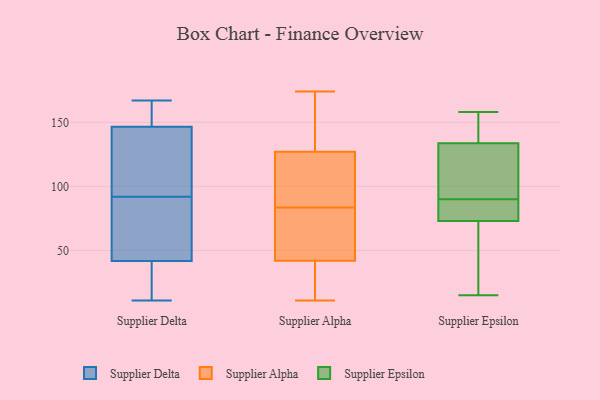
{"axis": {"x": "Demand Index", "y": "Value"}, "legend": ["Supplier Alpha", "Supplier Delta", "Supplier Epsilon"], "data": [{"x": "", "y": 71, "type": "Supplier Delta"}, {"x": "", "y": 144, "type": "Supplier Delta"}, {"x": "", "y": 51, "type": "Supplier Delta"}, {"x": "", "y": 154, "type": "Supplier Delta"}, {"x": "", "y": 11, "type": "Supplier Delta"}, {"x": "", "y": 100, "type": "Supplier Delta"}, {"x": "", "y": 167, "type": "Supplier Delta"}, {"x": "", "y": 27, "type": "Supplier Delta"}, {"x": "", "y": 46, "type": "Supplier Delta"}, {"x": "", "y": 29, "type": "Supplier Delta"}, {"x": "", "y": 132, "type": "Supplier Delta"}, {"x": "", "y": 166, "type": "Supplier Delta"}, {"x": "", "y": 92, "type": "Supplier Delta"}, {"x": "", "y": 48, "type": "Supplier Alpha"}, {"x": "", "y": 42, "type": "Supplier Alpha"}, {"x": "", "y": 127, "type": "Supplier Alpha"}, {"x": "", "y": 37, "type": "Supplier Alpha"}, {"x": "", "y": 38, "type": "Supplier Alpha"}, {"x": "", "y": 165, "type": "Supplier Alpha"}, {"x": "", "y": 89, "type": "Supplier Alpha"}, {"x": "", "y": 11, "type": "Supplier Alpha"}, {"x": "", "y": 83, "type": "Supplier Alpha"}, {"x": "", "y": 174, "type": "Supplier Alpha"}, {"x": "", "y": 103, "type": "Supplier Alpha"}, {"x": "", "y": 147, "type": "Supplier Alpha"}, {"x": "", "y": 84, "type": "Supplier Alpha"}, {"x": "", "y": 48, "type": "Supplier Alpha"}, {"x": "", "y": 73, "type": "Supplier Epsilon"}, {"x": "", "y": 130, "type": "Supplier Epsilon"}, {"x": "", "y": 90, "type": "Supplier Epsilon"}, {"x": "", "y": 79, "type": "Supplier Epsilon"}, {"x": "", "y": 31, "type": "Supplier Epsilon"}, {"x": "", "y": 95, "type": "Supplier Epsilon"}, {"x": "", "y": 135, "type": "Supplier Epsilon"}, {"x": "", "y": 158, "type": "Supplier Epsilon"}, {"x": "", "y": 73, "type": "Supplier Epsilon"}, {"x": "", "y": 15, "type": "Supplier Epsilon"}, {"x": "", "y": 138, "type": "Supplier Epsilon"}]}